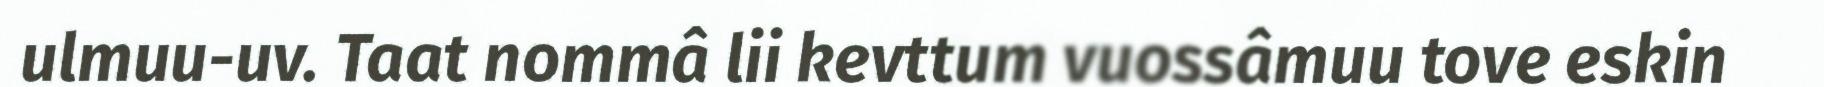
ulmuu-uv. Taat nommâ lii kevttum vuossâmuu tove eskin